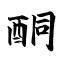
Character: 酮